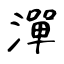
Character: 潬